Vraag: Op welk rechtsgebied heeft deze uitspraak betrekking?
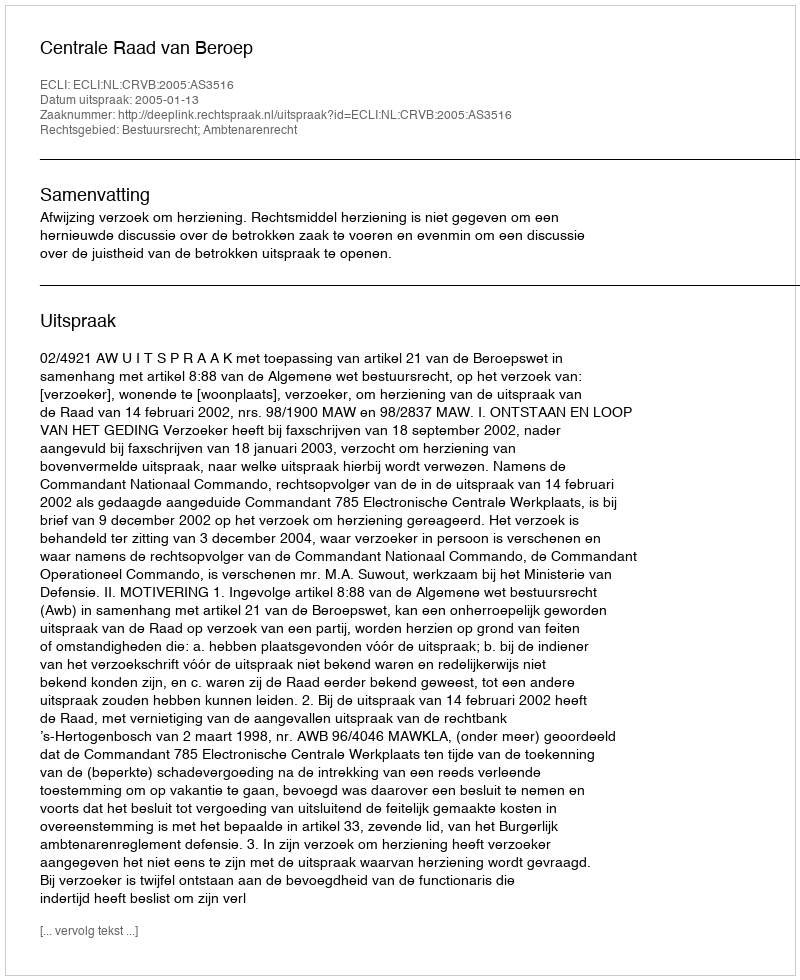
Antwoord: Bestuursrecht; Ambtenarenrecht